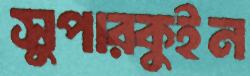
সুপারকুইন